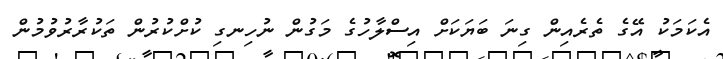
އެކަމަކު އޭގެ ތެރެއިން ގިނަ ބަޔަކަށް އިސްލާހުގެ މަގުން ނުހިނގި ކުށްކުރުން ތަކުރާރުވުމުން